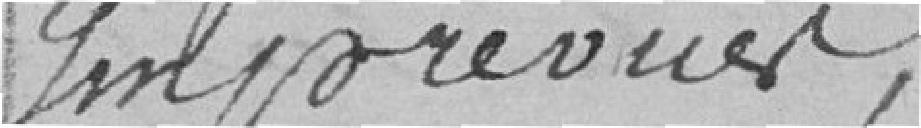
imprévues